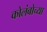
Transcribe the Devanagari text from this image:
कोलंबोच्या